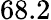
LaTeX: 68.2